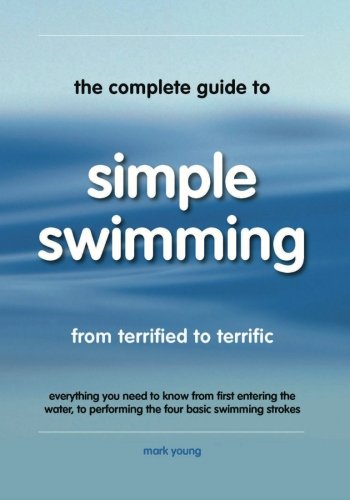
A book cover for The Complete Guide To Simple Swimming: Everything You Need to Know from Your First Entry into the Pool to Swimming the Four Basic Strokes; Mark Young; Sports & Outdoors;